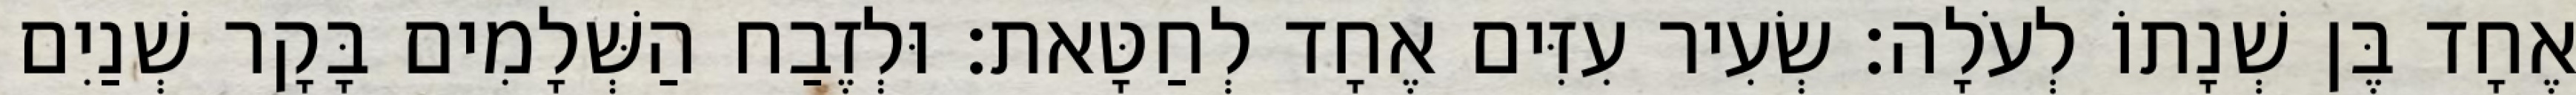
אֶחָד בֶּן שְׁנָתוֹ לְעֹלָה׃ שְׂעִיר עִזִּים אֶחָד לְחַטָּאת׃ וּלְזֶבַח הַשְּׁלָמִים בָּקָר שְׁנַיִם